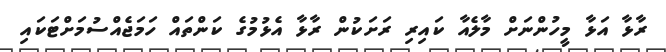
ރާޅާ އަޅާ މީހުންނަށް މާލެއާ ކައިރި ރަށަކުން ރާޅާ އެޅުމުގެ ކަންތައް ހަމަޖެއްސުމަށްޓަކައި